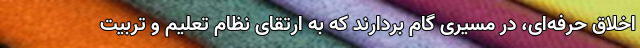
اخلاق حرفه‌ای، در مسیری گام بردارند که به ارتقای نظام تعلیم و تربیت